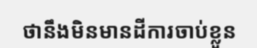
ថានឹងមិនមានដីការចាប់ខ្លួន